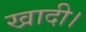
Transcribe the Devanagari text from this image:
खादी।